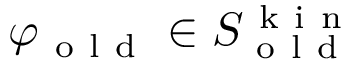
\varphi _ { \mathrm { ~ o ~ l ~ d ~ } } \in S _ { \mathrm { ~ o ~ l ~ d ~ } } ^ { \mathrm { ~ k ~ i ~ n ~ } }